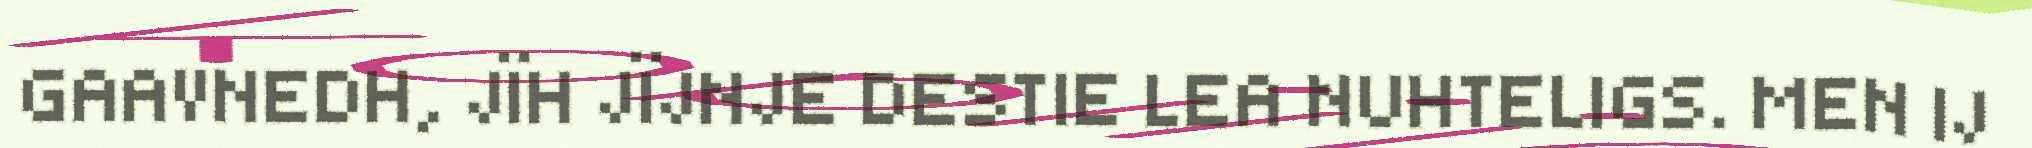
GAAVNEDH, JÏH JÏJNJE DESTIE LEA NUHTELIGS. MEN IJ